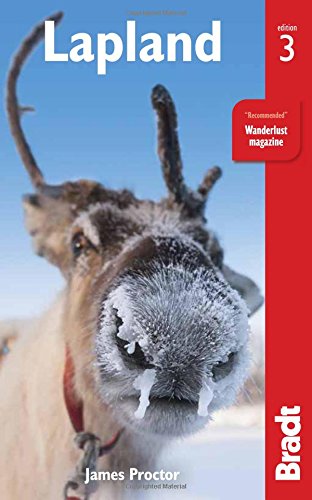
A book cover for Lapland (Bradt Travel Guide); James Proctor; Travel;